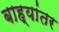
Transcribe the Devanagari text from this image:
बाह्यांतर